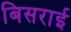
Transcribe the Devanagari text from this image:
बिसराई